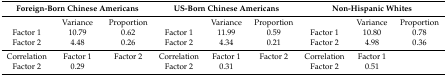
<table><thead><tr><td colspan="3"><b>Foreign-Born Chinese Americans</b></td><td colspan="3"><b>US-Born Chinese Americans</b></td><td colspan="3"><b>Non-Hispanic Whites</b></td></tr></thead><tbody><tr><td></td><td>Variance</td><td>Proportion</td><td></td><td>Variance</td><td>Proportion</td><td></td><td>Variance</td><td>Proportion</td></tr><tr><td>Factor 1</td><td>10.79</td><td>0.62</td><td>Factor 1</td><td>11.99</td><td>0.59</td><td>Factor 1</td><td>10.80</td><td>0.78</td></tr><tr><td>Factor 2</td><td>4.48</td><td>0.26</td><td>Factor 2</td><td>4.34</td><td>0.21</td><td>Factor 2</td><td>4.98</td><td>0.36</td></tr><tr><td>Correlation</td><td>Factor 1</td><td>Factor 2</td><td>Correlation</td><td>Factor 1</td><td>Factor 2</td><td>Correlation</td><td>Factor 1</td><td></td></tr><tr><td>Factor 2</td><td>0.29</td><td></td><td>Factor 2</td><td>0.31</td><td></td><td>Factor 2</td><td>0.51</td><td></td></tr></tbody></table>